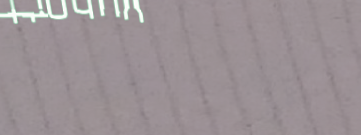
خدمة التنظيف المنزلية: نع